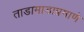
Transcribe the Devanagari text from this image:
ताडामाडाप्रमाणे